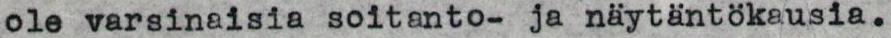
ole varsinaisia soitanto- ja näytäntökausia.